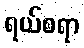
ရယ်စရာ